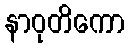
နာဝုတိကော